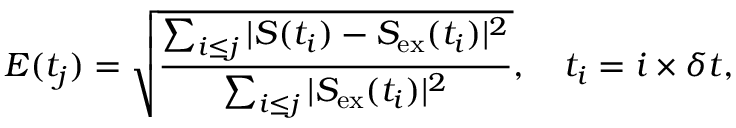
E ( t _ { j } ) = \sqrt { \frac { \sum _ { i \leq j } \vert S ( t _ { i } ) - S _ { \mathrm { e x } } ( t _ { i } ) \vert ^ { 2 } } { \sum _ { i \leq j } \vert S _ { \mathrm { e x } } ( t _ { i } ) \vert ^ { 2 } } } , \quad t _ { i } = i \times \delta t ,